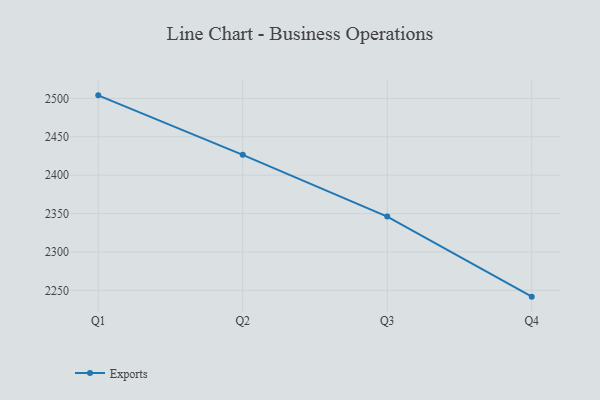
{"axis": {"x": "Quarter", "y": "Tickets Resolved"}, "legend": ["Exports"], "data": [{"x": "Q1", "y": 2504.0, "type": "Exports"}, {"x": "Q2", "y": 2426.5, "type": "Exports"}, {"x": "Q3", "y": 2346.1, "type": "Exports"}, {"x": "Q4", "y": 2241.8, "type": "Exports"}]}